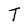
Character: T